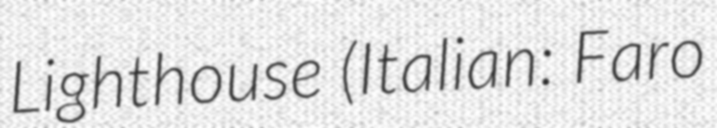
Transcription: Lighthouse (Italian: Faro